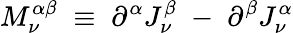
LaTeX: M_{\nu}^{\alpha\beta}\; \equiv\; \partial^{\alpha}J_{\nu}^{\beta}\; -\; \partial^{\beta}J_{\nu}^{\alpha}